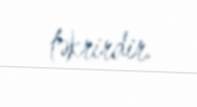
təkrirdir.